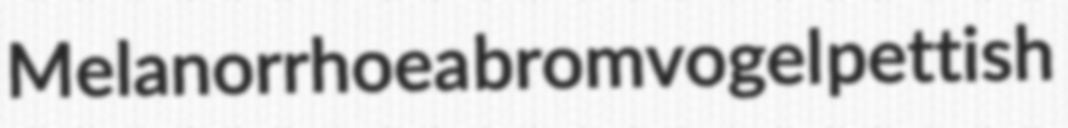
Melanorrhoea bromvogel pettish